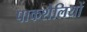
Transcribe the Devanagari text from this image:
पाकशैलियों